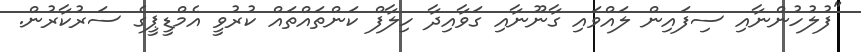
"ފުލުހުންނާއި ސިފައިން ލައްވައި ގާނޫނާއި ގަވާއިދާ ހިލާފް ކަންތައްތައް ކުރުވީ އެމްޑީޕީގެ ސަރުކާރުން.